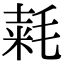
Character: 𣮾